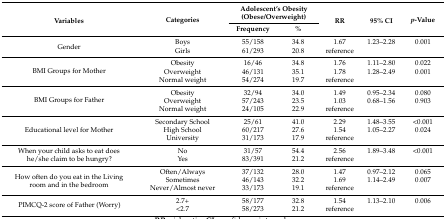
| <ROWSPAN=2> Variables | <ROWSPAN=2> Categories | <COLSPAN=2> Adolescent’s Obesity (Obese/Overweight) | <ROWSPAN=2> RR | <ROWSPAN=2> 95% CI | <ROWSPAN=2> p-Value |
 | Frequency | % |
 | --- | --- | --- | --- | --- | --- | --- |
 | <ROWSPAN=2> Gender | Boys | 55/158 | 34.8 | 1.67 | 1.23–2.28 | 0.001 |
 | Girls | 61/293 | 20.8 | reference |  |  |
 | <ROWSPAN=3> BMI Groups for Mother | Obesity | 16/46 | 34.8 | 1.76 | 1.11–2.80 | 0.022 |
 | Overweight | 46/131 | 35.1 | 1.78 | 1.28–2.49 | 0.001 |
 | Normal weight | 54/274 | 19.7 | reference |  |  |
 | <ROWSPAN=3> BMI Groups for Father | Obesity | 32/94 | 34.0 | 1.49 | 0.95–2.34 | 0.080 |
 | Overweight | 57/243 | 23.5 | 1.03 | 0.68–1.56 | 0.903 |
 | Normal weight | 24/105 | 22.9 | reference |  |  |
 | <ROWSPAN=3> Educational level for Mother | Secondary School | 25/61 | 41.0 | 2.29 | 1.48–3.55 | <0.001 |
 | High School | 60/217 | 27.6 | 1.54 | 1.05–2.27 | 0.024 |
 | University | 31/173 | 17.9 | reference |  |  |
 | <ROWSPAN=2> When your child asks to eat does he/she claim to be hungry? | No | 31/57 | 54.4 | 2.56 | 1.89–3.48 | <0.001 |
 | Yes | 83/391 | 21.2 | reference |  |  |
 | <ROWSPAN=3> How often do you eat in the Living room and in the bedroom | Often/Always | 37/132 | 28.0 | 1.47 | 0.97–2.12 | 0.065 |
 | Sometimes | 46/143 | 32.2 | 1.69 | 1.14–2.49 | 0.007 |
 | Never/Almost never | 33/173 | 19.1 | reference |  |  |
 | <ROWSPAN=2> PIMCQ-2 score of Father (Worry) | 2.7+ | 58/177 | 32.8 | 1.54 | 1.13–2.10 | 0.006 |
 | <2.7 | 58/273 | 21.2 | reference |  |  |